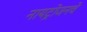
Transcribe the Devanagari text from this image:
नायट्रोजनचे